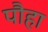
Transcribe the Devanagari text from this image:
पौहा